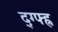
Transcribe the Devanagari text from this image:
द्ग्फ्ह्न